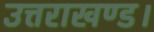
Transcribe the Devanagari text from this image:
उत्तराखण्ड।